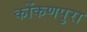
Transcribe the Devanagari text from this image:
कोंकणपुरा